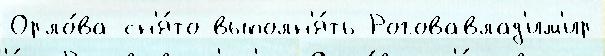
Орло́ва сн'я́то выполн'я́ть Роговавлад'им'ир